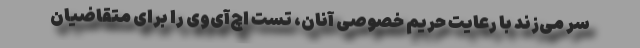
سر می‌زند با رعایت حریم خصوصی آنان، تست اچ‌آی‌وی را برای متقاضیان